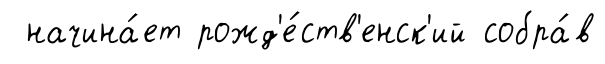
начина́ет рожд'е́ств'енск'ий собра́в